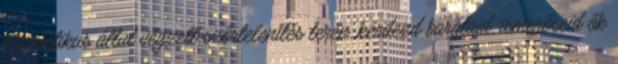
kozmetikus által végzett szőrtelenítés terén, kérdezd barátaid, ismerőseid ők